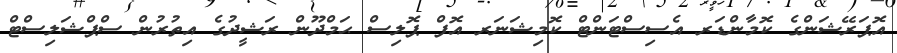
އޮޕަރޭޝަންގެ ކޮމާންޑަރ އެސިސްޓަންޓް ކޮމިޝަނަރ އޮފް ޕޮލިސް ޙަމްދޫން ރަޝީދުގެ އިތުރުން ސްޕްޝަލިސްޓް